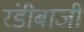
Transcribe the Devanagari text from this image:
रंडीबाजी